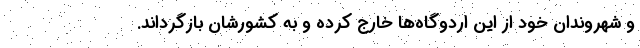
و شهروندان خود از این اردوگاه‌ها خارج کرده و به کشورشان بازگرداند.